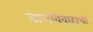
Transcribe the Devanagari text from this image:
बालविवाहाची